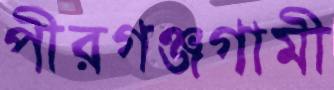
পীরগঞ্জগামী